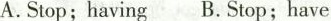
A.Stop; having B.Stop; have